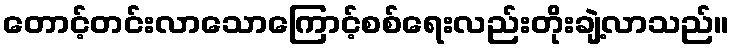
တောင့်တင်းလာသောကြောင့်စစ်ရေးလည်းတိုးချဲ့လာသည်။